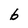
Character: b